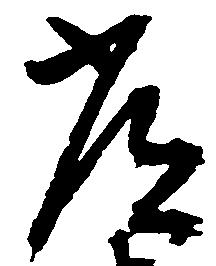
常